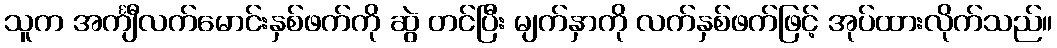
သူက အင်္ကျီလက်မောင်းနှစ်ဖက်ကို ဆွဲ တင်ပြီး မျက်နှာကို လက်နှစ်ဖက်ဖြင့် အုပ်ထားလိုက်သည်။